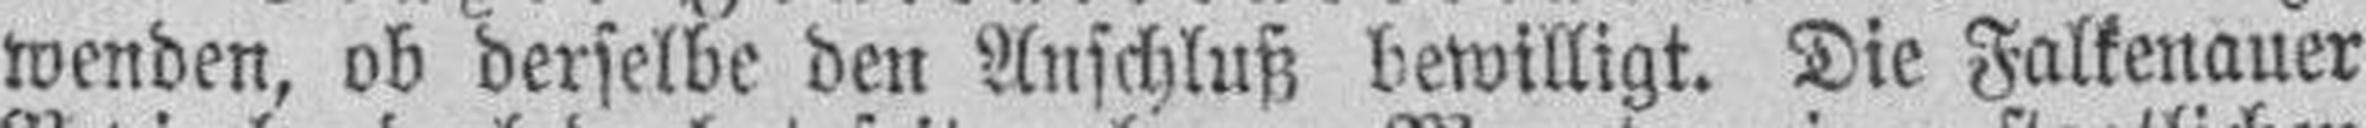
wenden, ob derselbe den Anschluß bewilligt. Die Falkenauer